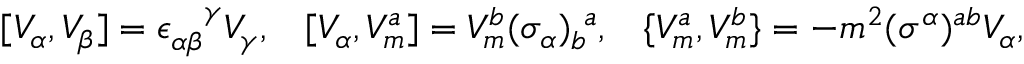
[ V _ { \alpha } , V _ { \beta } ] = \epsilon _ { \alpha \beta } ^ { ~ ~ ~ \! \gamma } V _ { \gamma } , \; \; \; [ V _ { \alpha } , V _ { m } ^ { a } ] = V _ { m } ^ { b } ( \sigma _ { \alpha } ) _ { b } ^ { ~ a } , \; \; \; \{ V _ { m } ^ { a } , V _ { m } ^ { b } \} = - m ^ { 2 } ( \sigma ^ { \alpha } ) ^ { a b } V _ { \alpha } ,